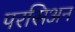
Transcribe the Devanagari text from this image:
परसिअन